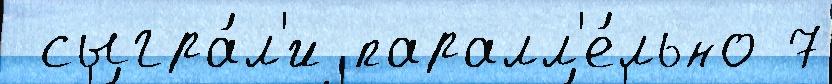
 сыгра́л'и паралл'е́льно 7